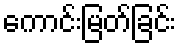
ကောင်းမြတ်ခြင်း